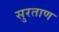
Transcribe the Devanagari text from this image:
सुरताण